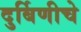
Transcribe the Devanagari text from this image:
दुर्बिणीचे